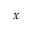
\boldsymbol { x }